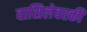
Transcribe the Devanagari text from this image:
वासिलेवस्की